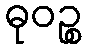
ဓုဝဉ္စ